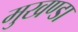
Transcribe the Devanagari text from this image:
मुखण्डा